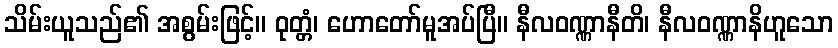
သိမ်းယူသည်၏ အစွမ်းဖြင့်။ ဝုတ္တံ၊ ဟောတော်မူအပ်ပြီ။ နီလဝဏ္ဏာနီတိ၊ နီလဝဏ္ဏာနိဟူသော